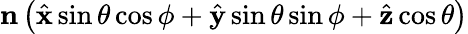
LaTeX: \mathbf{n}\left(\hat{\mathbf x}\sin\theta\cos\phi+\hat{\mathbf y}\sin\theta\sin\phi+\hat{\mathbf z}\cos\theta\right)